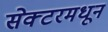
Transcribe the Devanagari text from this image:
सेक्टरमधून